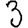
Digit: 3